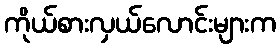
ကိုယ်စားလှယ်လောင်းများက